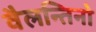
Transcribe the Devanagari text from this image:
वैलन्तिनो